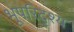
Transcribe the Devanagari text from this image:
भूपरिदृश्य